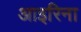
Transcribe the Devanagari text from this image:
आइरिना